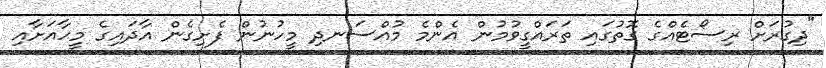
"ދިގުރަށް ރިސޯޓެއްގެ ގޮތުގައި ތަރައްގީވުމުން އެންމެ މުއްސަނދި މީހުނުން ފެށިގެން އާދައިގެ މީހާއަށާއި